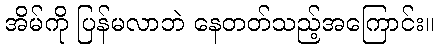
အိမ်ကို ပြန်မလာဘဲ နေတတ်သည့်အကြောင်း။